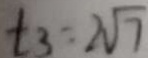
t _ { 3 } = 2 \sqrt { 7 }